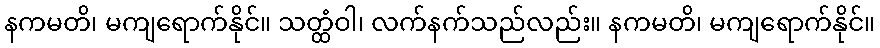
နကမတိ၊ မကျရောက်နိုင်။ သတ္ထံဝါ၊ လက်နက်သည်လည်း။ နကမတိ၊ မကျရောက်နိုင်။